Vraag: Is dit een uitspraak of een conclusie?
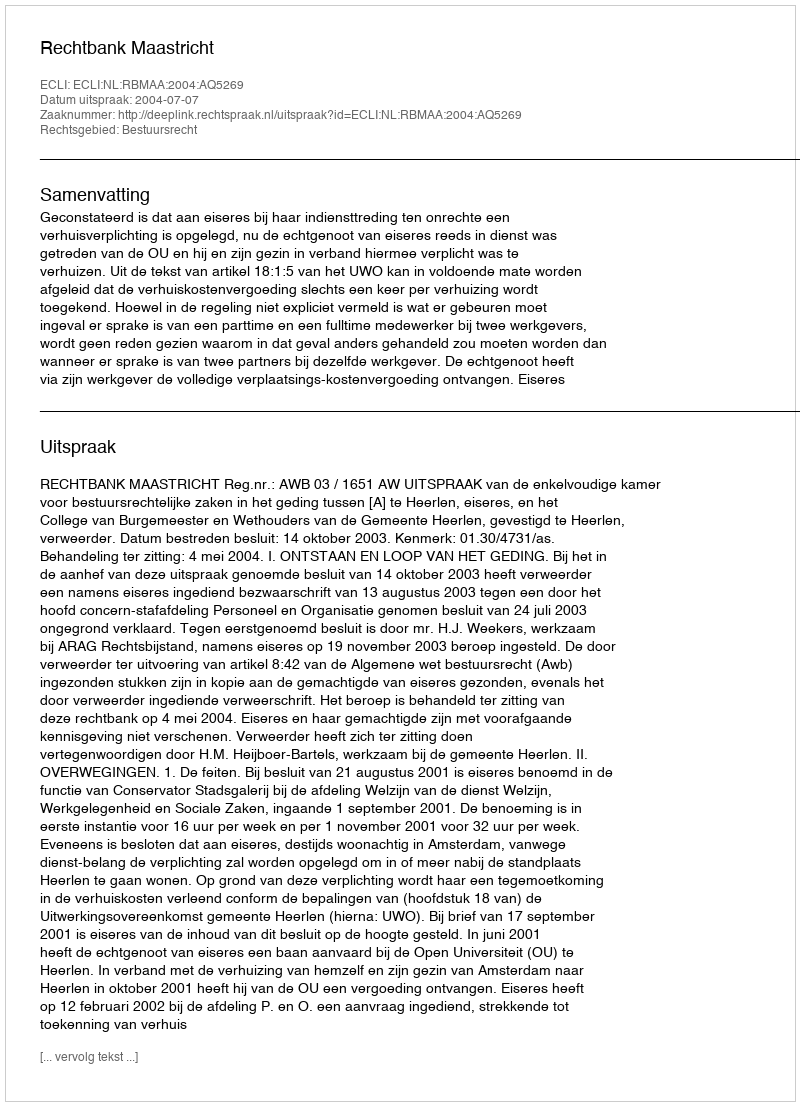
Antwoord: Uitspraak